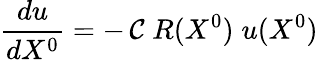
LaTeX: {\frac{du}{dX^{0}}}=-\, {\cal C}\; R(X^{0})\; u(X^{0})